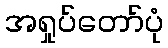
အရှုပ်တော်ပုံ